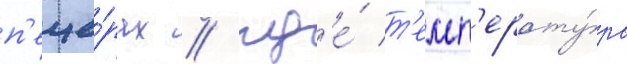
п'еще́рах / гд'е́ т'емп'ерату́ра